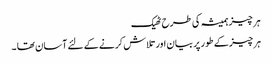
ہر چیز ہمیشہ کی طرح ٹھیک
ہر چیز کے طور پر بیان اور تلاش کرنے کے لئے آسان تھا ۔